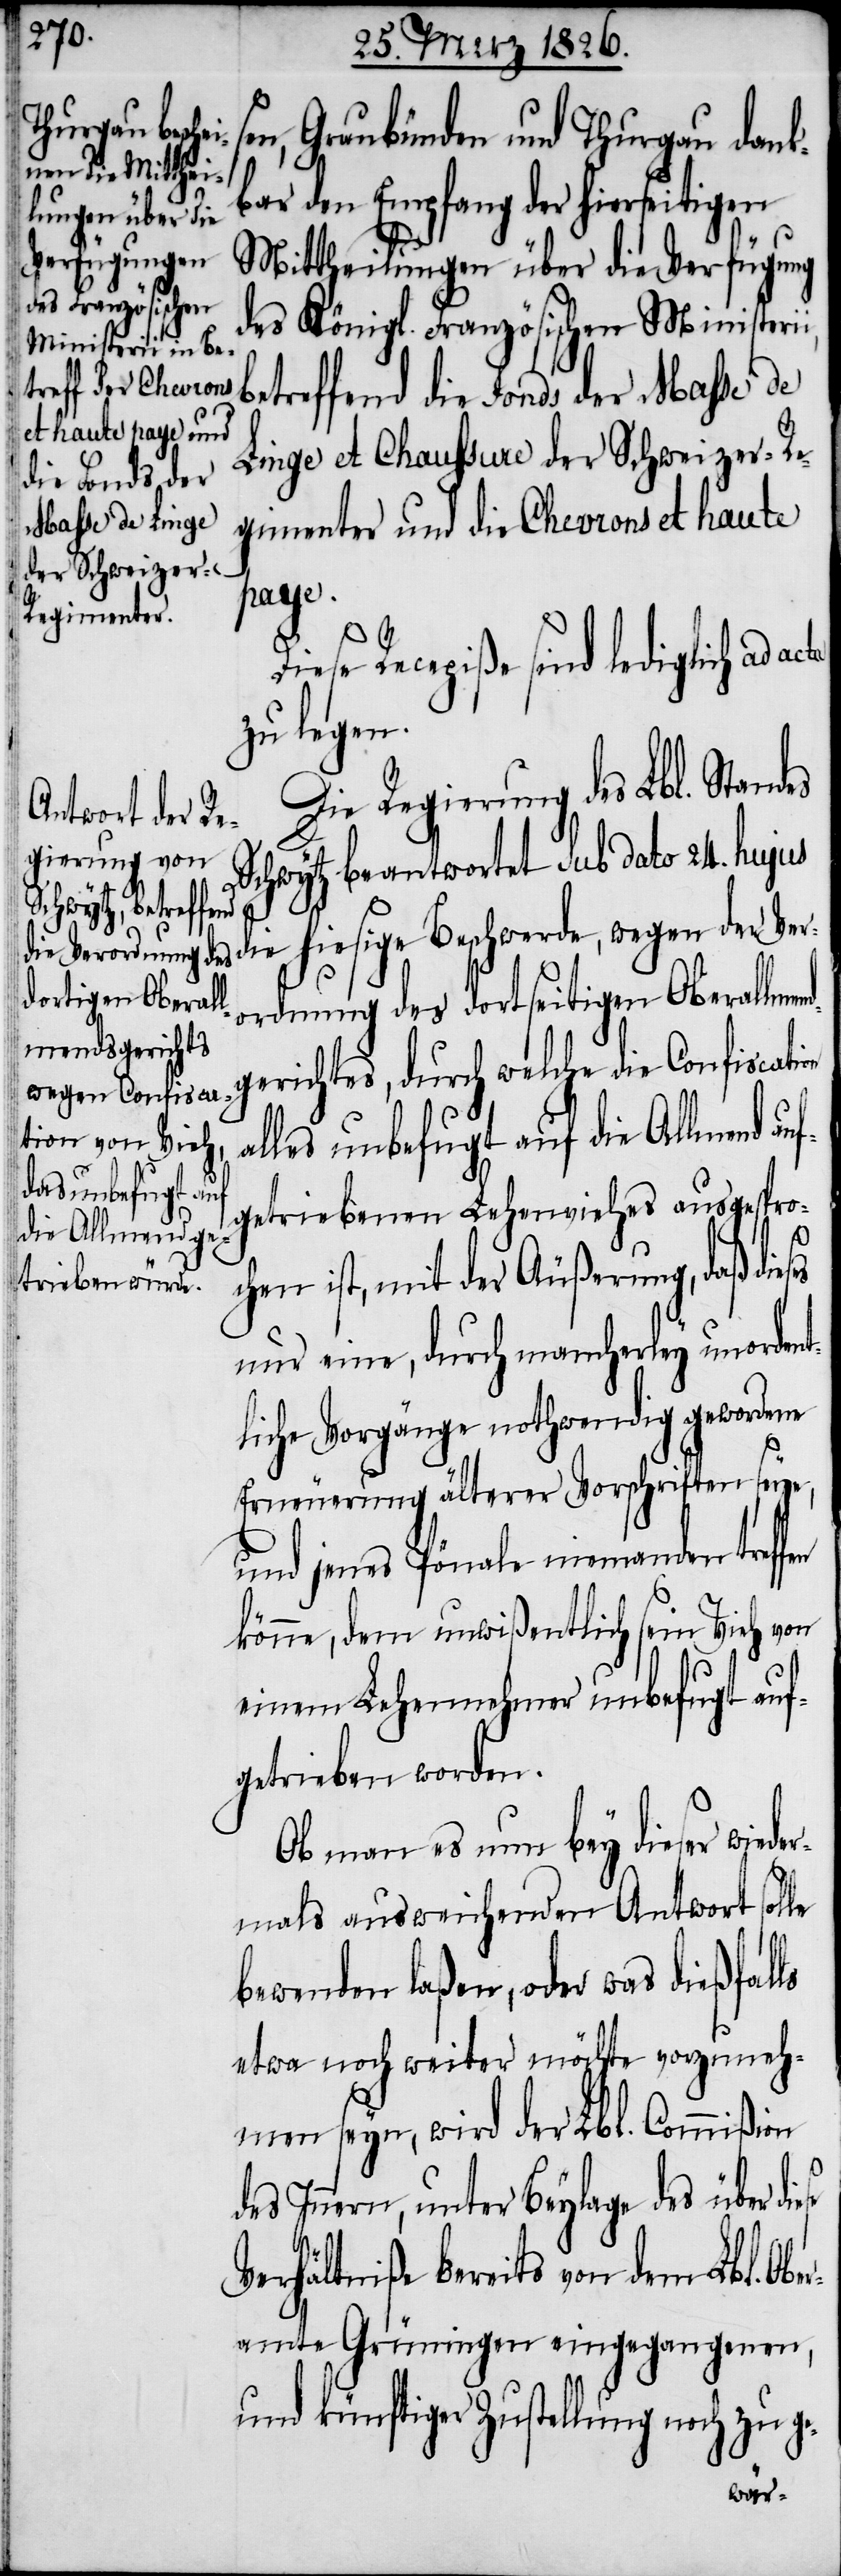
le

sen, Graubünden und Thurgau dank¬
bar den Empfang der hierseitigen
Mittheilungen über die Verfügung
des Königl. Französischen Ministeri¬
etreffend die Fonds der Masse de
Linge et Chaussure der Schweizer-Re¬
gimenter und die Chevrons et haute
ese
e Recepiße sind lediglich ad
zu legen.
Die Regierung des Lbl. Stand¬
Schwytz beantwortet sub dato 24. hujus
ie hiesige Beschwerde, wegen der Ve¬
rordnung des dortseitigen Oberallmen¬
gerichtes, durch welche die Confiscation
les unbefugt auf die Allmend
getriebenen Lehenviehes ausgespro¬
chen ist, mit der Äußerung, daß dies¬
nur eine, durch mancherley unorden¬
tliche Vorgänge nothwendig gewordene
Erneuerung älterer Vorschriften seye,
und jenes Pönale niemanden treff¬
könne, dem unwißentlich sein Vieh von
einem Lehennehmer unbefugt auf¬
getrieben worden.
Ob man es nun bey dieser wiede¬
rmals ausweichenden Antwort sol¬
bewenden laßen, oder was dießfalls
etwa noch weiter möchte vorzuneh¬
men seyn, wird der Lbl. Commißion
des Innern, unter Beylage des über di¬
Verhältniße bereits von dem Lbl. Obe¬
ramte Grüningen eingegangenen,
und künftiger Zustellung noch zu ge-